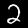
Digit: 2